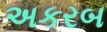
અકરબ